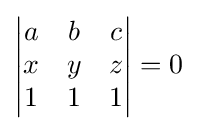
{\begin{vmatrix}a&b&c\\x&y&z\\1&1&1\end{vmatrix}}=0